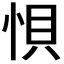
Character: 𭜼